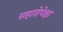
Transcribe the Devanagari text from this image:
सहाशेपेक्षा